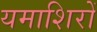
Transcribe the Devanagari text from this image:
यमाशिरों